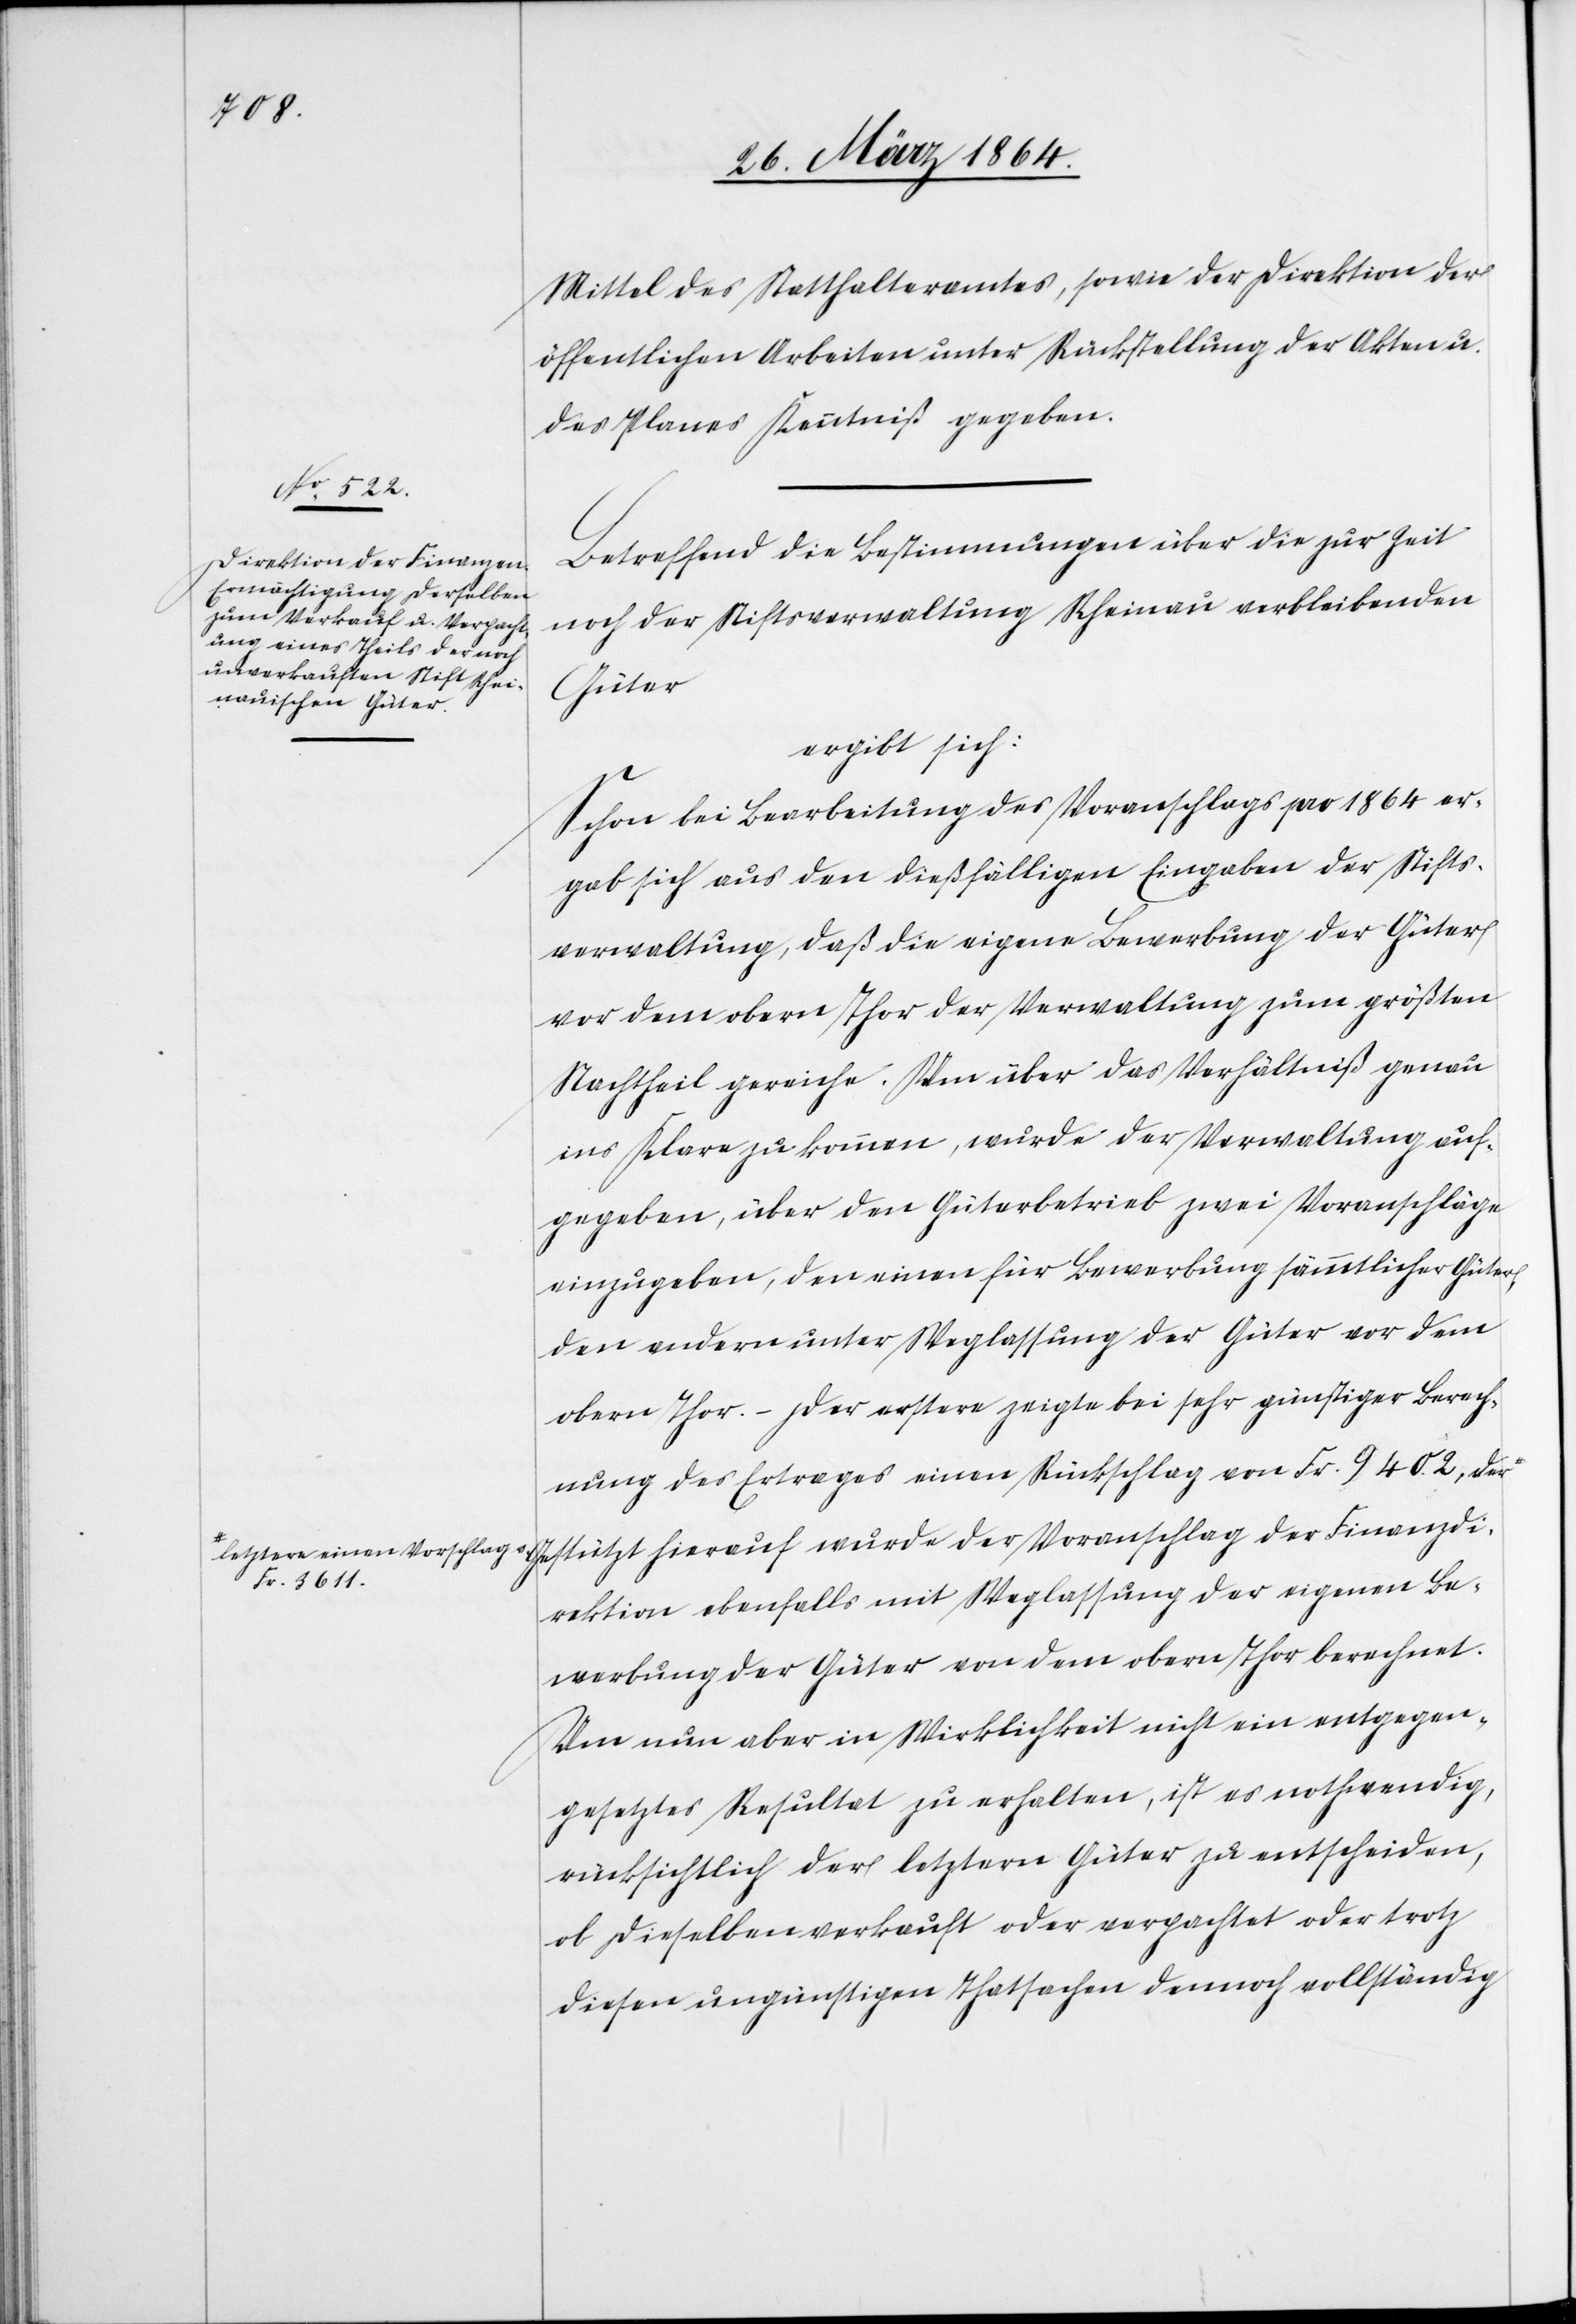
letztere einen Vorschlag
Fr. 3611.

Mittel des Statthalteramtes, sowie der Direktion der
öffentlichen Arbeiten unter Rückstellung der Akten u.
des Planes Kenntniß gegeben.
Betreffend die Bestimmungen über die zur Zeit
noch der Stiftsverwaltung Rheinau verbleibenden
Güter
ergibt sich:
Schon bei Bearbeitung des Voranschlags pro 1864 er¬
gab sich aus den dießfälligen Eingaben der Stifts¬
verwaltung, daß die eigene Bewerbung der Güter
vor dem obern Thor der Verwaltung zum größten
Nachtheil gereiche. Um über das Verhältniß genau
ins Klare zu kommen, wurde der Verwaltung auf¬
gegeben, über den Güterbetrieb zwei Voranschläge
einzugeben, den einen für Bewerbung sämmtlicher Güter,
den andern unter Weglassung der Güter vor dem
obern Thor. – Der erstere zeigte bei sehr günstiger Berech¬
nung des Ertrages einen Rückschlag von Fr. 9402, der
Gestützt hierauf wurde der Voranschlag der Finanzdi¬
rektion ebenfalls mit Weglassung der eigenen Be¬
werbung der Güter von dem obern Thor berechnet.
Um nun aber in Wirklichkeit nicht ein entgegen¬
gesetztes Resultat zu erhalten, ist es nothwendig,
rücksichtlich der letztern Güter zu entscheiden,
ob dieselben verkauft oder verpachtet oder trotz
diesen ungünstigen Thatsachen dennoch vollständig